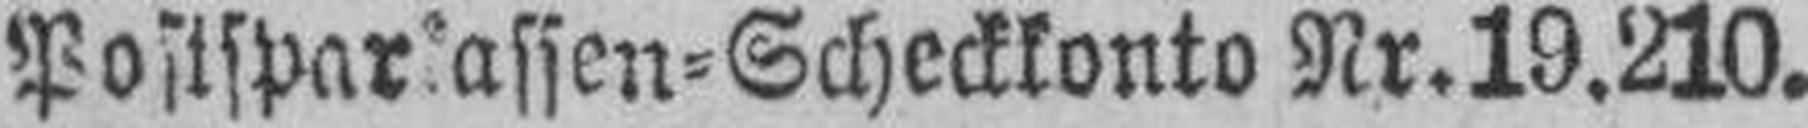
Postsparlassen=Scheckkonto Nr.19.210.